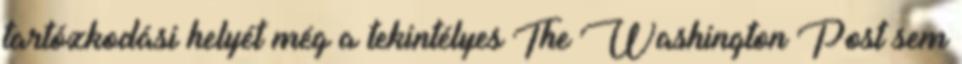
tartózkodási helyét még a tekintélyes The Washington Post sem